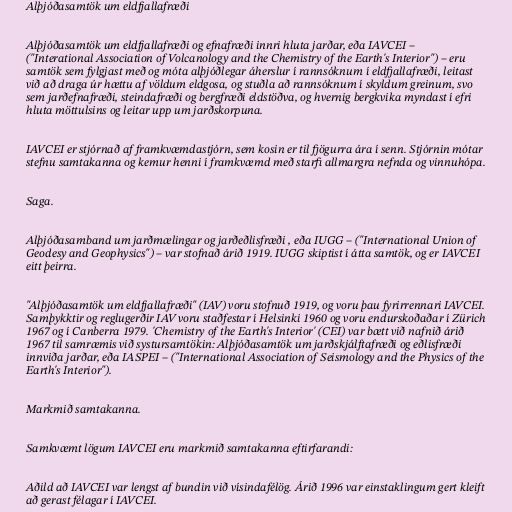
Alþjóðasamtök um eldfjallafræði

Alþjóðasamtök um eldfjallafræði og efnafræði innri hluta jarðar, eða IAVCEI –
("Interational Association of Volcanology and the Chemistry of the Earth's Interior") – eru
samtök sem fylgjast með og móta alþjóðlegar áherslur í rannsóknum í eldfjallafræði, leitast
við að draga úr hættu af völdum eldgosa, og stuðla að rannsóknum í skyldum greinum, svo
sem jarðefnafræði, steindafræði og bergfræði eldstöðva, og hvernig bergkvika myndast í efri
hluta möttulsins og leitar upp um jarðskorpuna.

IAVCEI er stjórnað af framkvæmdastjórn, sem kosin er til fjögurra ára í senn. Stjórnin mótar
stefnu samtakanna og kemur henni í framkvæmd með starfi allmargra nefnda og vinnuhópa.

Saga.

Alþjóðasamband um jarðmælingar og jarðeðlisfræði , eða IUGG – ("International Union of
Geodesy and Geophysics") – var stofnað árið 1919. IUGG skiptist í átta samtök, og er IAVCEI
eitt þeirra.

"Alþjóðasamtök um eldfjallafræði" (IAV) voru stofnuð 1919, og voru þau fyrirrennari IAVCEI.
Samþykktir og reglugerðir IAV voru staðfestar í Helsinki 1960 og voru endurskoðaðar í Zürich
1967 og í Canberra 1979. 'Chemistry of the Earth's Interior' (CEI) var bætt við nafnið árið
1967 til samræmis við systursamtökin: Alþjóðasamtök um jarðskjálftafræði og eðlisfræði
innviða jarðar, eða IASPEI – ("International Association of Seismology and the Physics of the
Earth's Interior").

Markmið samtakanna.

Samkvæmt lögum IAVCEI eru markmið samtakanna eftirfarandi:

Aðild að IAVCEI var lengst af bundin við vísindafélög. Árið 1996 var einstaklingum gert kleift
að gerast félagar í IAVCEI.